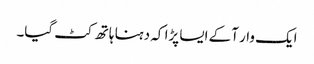
ایک وار آکے ایسا پڑا کہ دہنا ہاتھ کٹ گیا۔